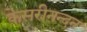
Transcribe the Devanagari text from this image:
केसरीनन्दन